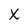
Character: X